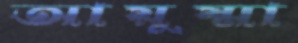
আয়ুষ্মা